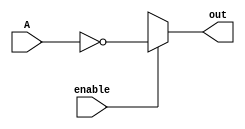
module complementer (output reg [3:0] out, input [3:0] A, input enable);
always@(enable or A) 
begin
out = 4'bxxxx;
	if(enable)
		 out=~A;
end
endmodule